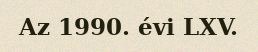
Az 1990. évi LXV.